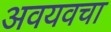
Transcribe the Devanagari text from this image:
अवयवचा